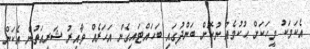
އެކަމަކު މީހަކަށް ޙުކުމެއް ނުކޮށް ބަންދުގައި ބަހައްޓައިގެން އަހަރެއް ވާއިރު ޝަރީއަތުން އެކަން